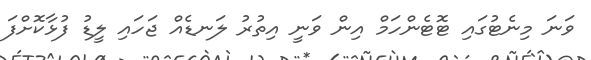
ވަނަ މިނެޓުގައި ޓޮޓެންހަމް އިން ވަނީ އިތުރު ލަނޑެއް ޖަހައި ލީޑު ފުޅާކޮށްފަ